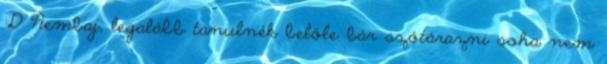
:D Nembaj, legalább tanulnék belőle bár szótárazni soha nem